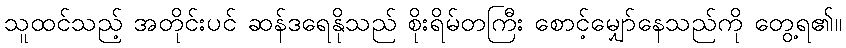
သူထင်သည့် အတိုင်းပင် ဆန်ဒရေနိုသည် စိုးရိမ်တကြီး စောင့်မျှော်နေသည်ကို တွေ့ရ၏။